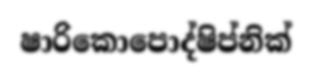
ෂාරිකොපොද්ෂිප්නික්